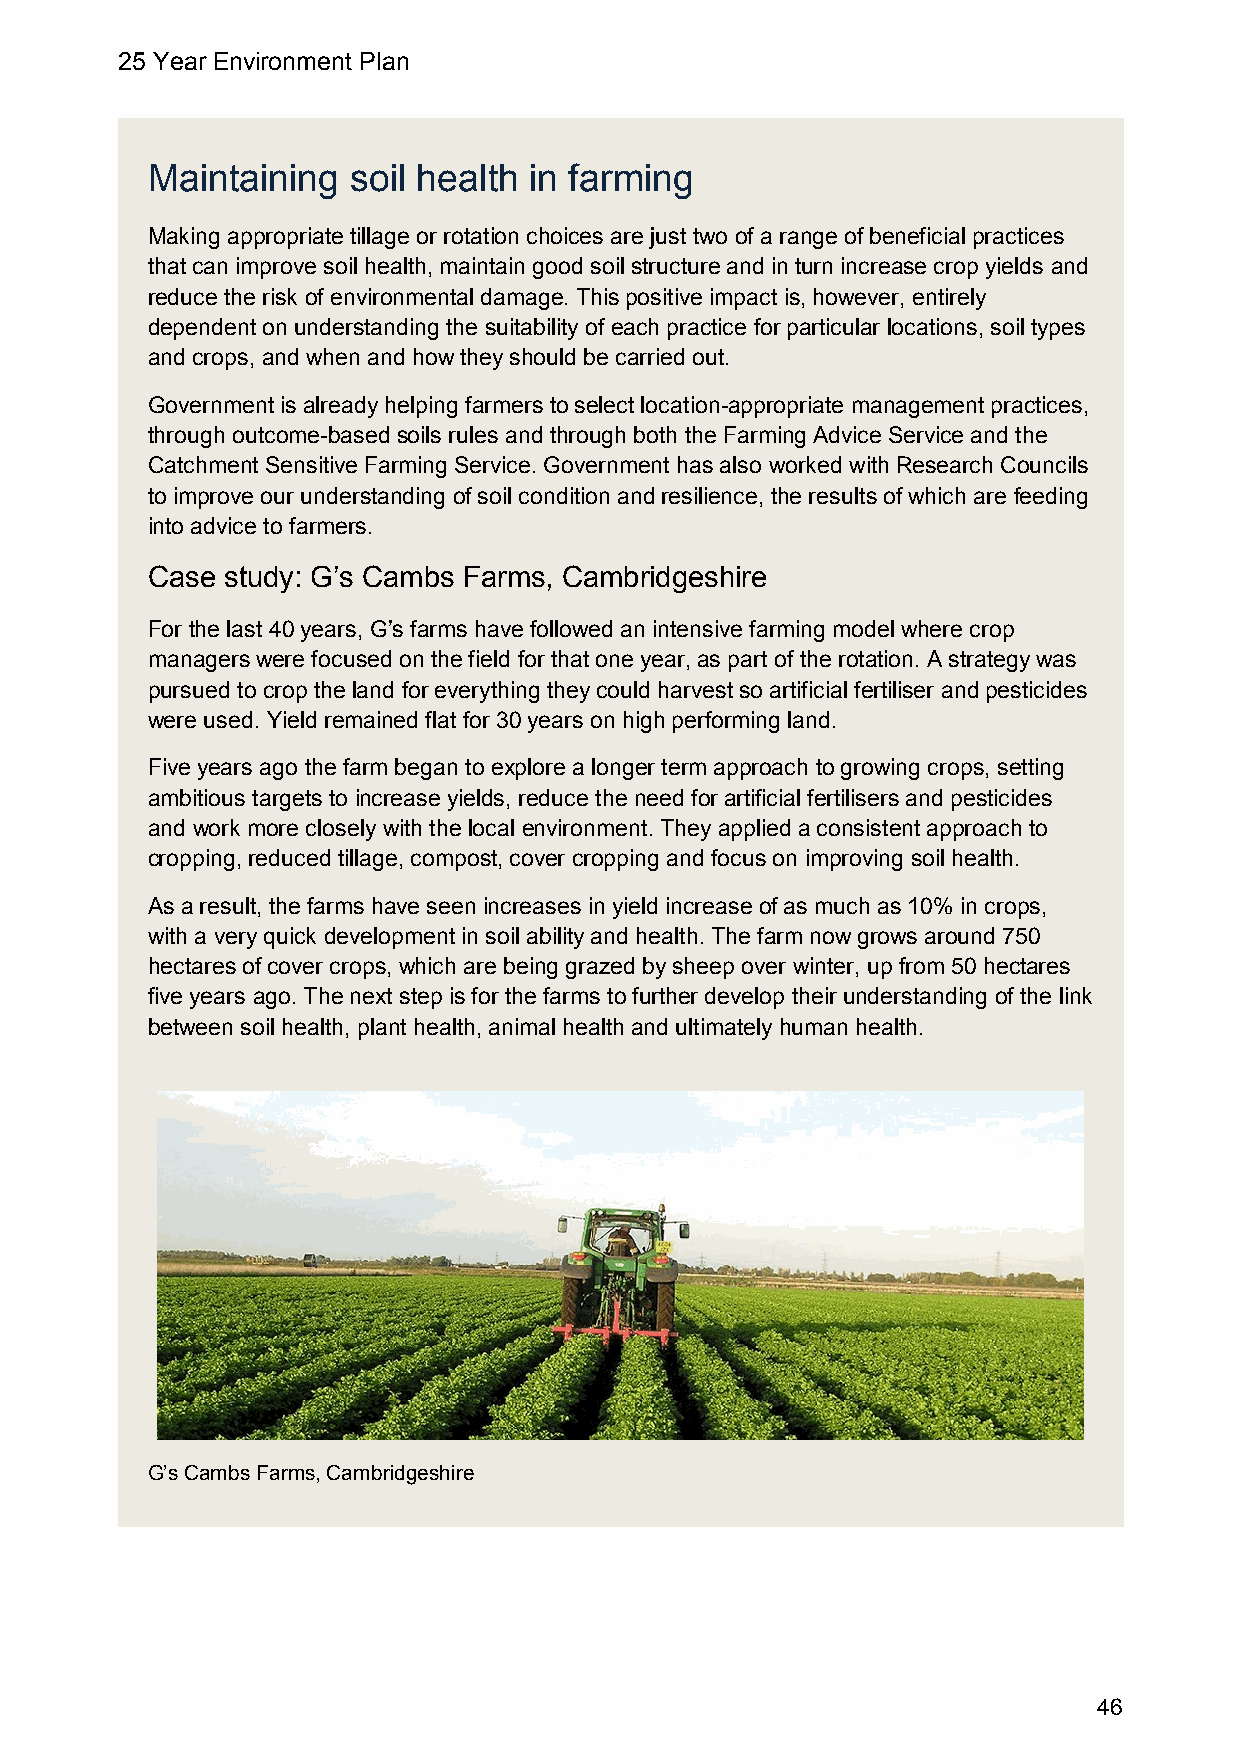
25 Year Environment Plan
 Maintaining  soil health in farming
 Making appropriate tillage or rotation choices are just two of a range of beneficial practices
 that can improve soil health, maintain good soil structure and in turn increase crop yields and
 reduce the risk of environmental damage. This positive impact is, however, entirely
 dependent on understanding the suitability of each practice for particular locations, soil types
 and crops, and when and how they should be carried out.
 Government is already helping farmers to select location-appropriate management practices,
 through outcome-based soils rules and through both the Farming Advice Service and the
 Catchment Sensitive Farming Service. Government has also worked with Research Councils
 to improve our understanding of soil condition and resilience, the results of which are feeding
 into advice to farmers.
 Case study: G’s Cambs Farms, Cambridgeshire
 For the last 40 years, G’s farms have followed an intensive farming model where crop
 managers were focused on the field for that one year, as part of the rotation. A strategy was
 pursued to crop the land for everything they could harvest so artificial fertiliser and pesticides
 were used. Yield remained flat for 30 years on high performing land.
 Five years ago the farm began to explore a longer term approach to growing crops, setting
 ambitious targets to increase yields, reduce the need for artificial fertilisers and pesticides
 and work more closely with the local environment. They applied a consistent approach to
 cropping, reduced tillage, compost, cover cropping and focus on improving soil health.
 As a result, the farms have seen increases in yield increase of as much as 10% in crops,
 with a very quick development in soil ability and health. The farm now grows around 750
 hectares of cover crops, which are being grazed by sheep over winter, up from 50 hectares
 five years ago. The next step is for the farms to further develop their understanding of the link
 between soil health, plant health, animal health and ultimately human health.
 G’s Cambs Farms, Cambridgeshire
 46